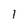
Character: I